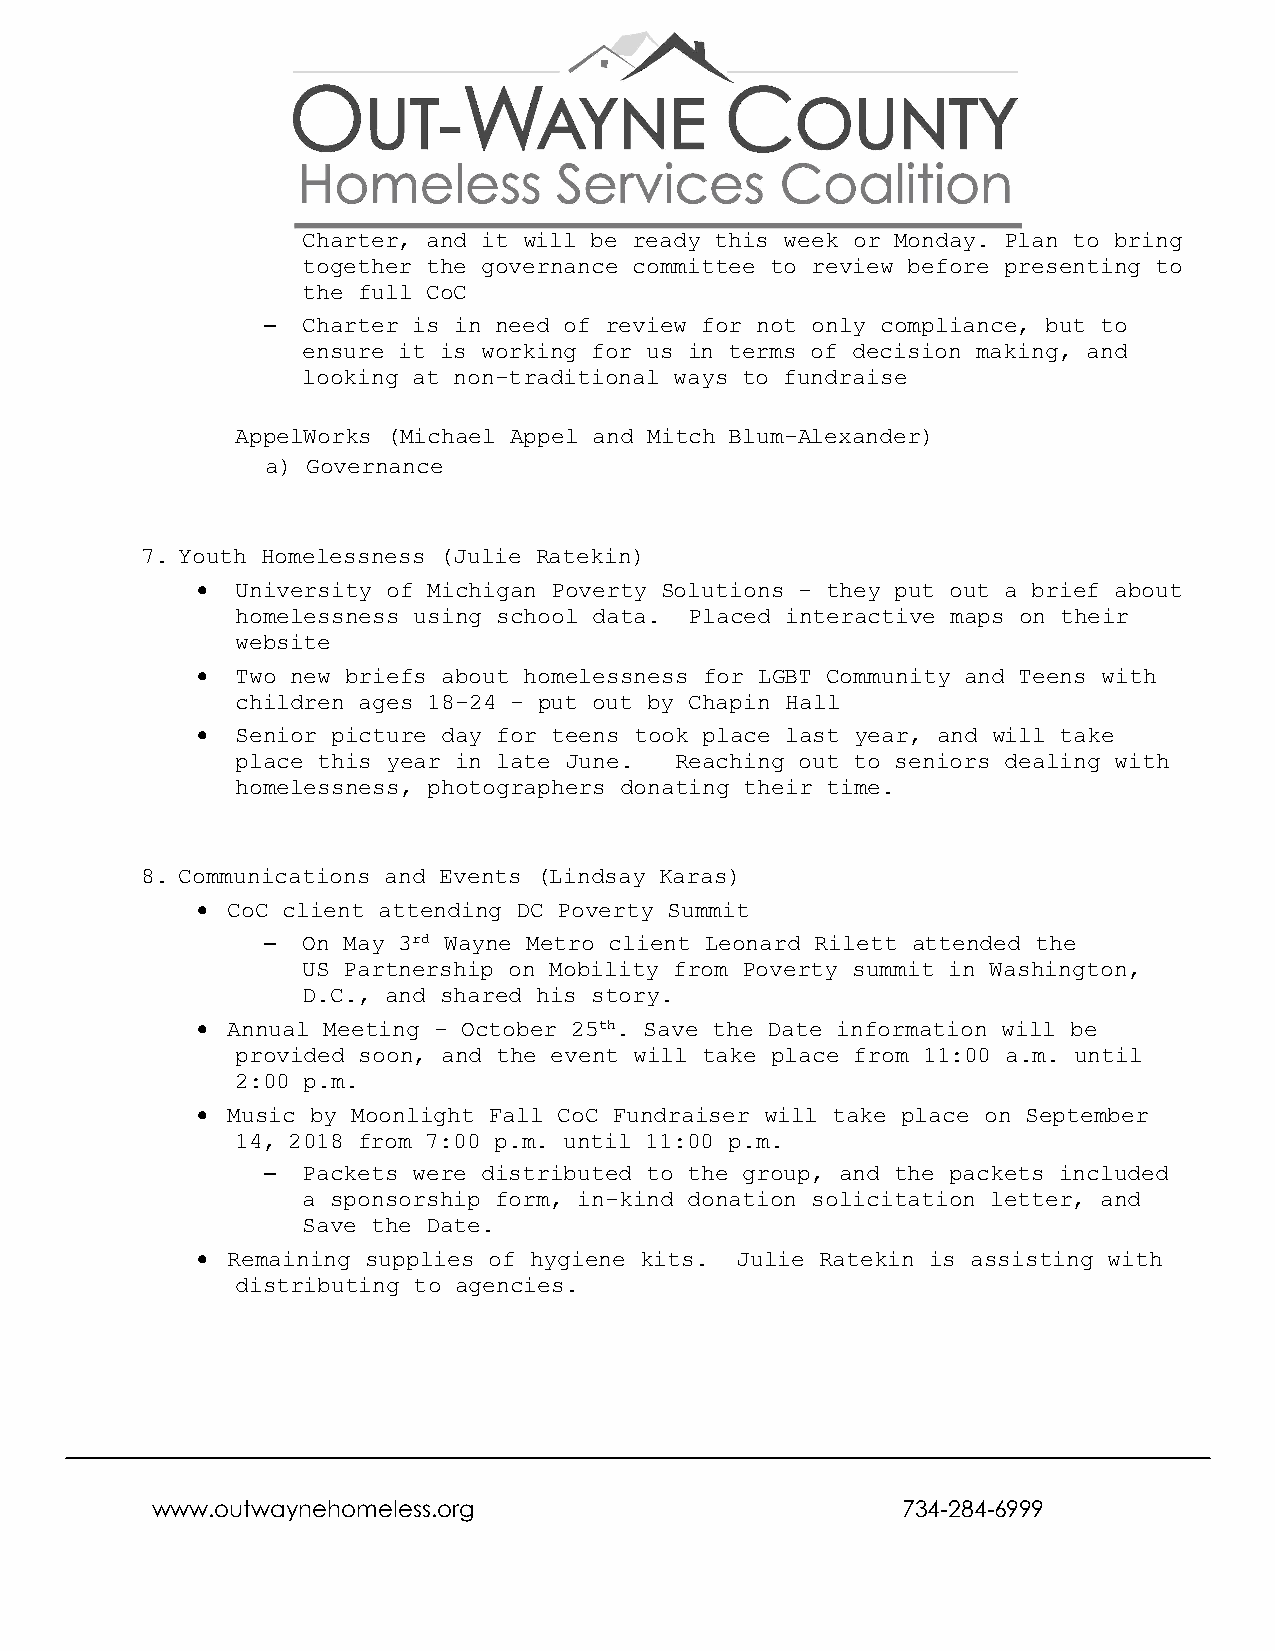
Charter, and it will be ready this week or Monday. Plan to bring
 together the governance committee to review before presenting to
 the full CoC
 – Charter is in need of review for not only compliance, but to
 ensure it is working for us in terms of decision making, and
 looking at non-traditional ways to fundraise
 AppelWorks (Michael Appel and Mitch Blum-Alexander)
 a) Governance
 7. Youth Homelessness (Julie Ratekin)
 •  University of Michigan Poverty Solutions - they put out a brief about
 homelessness using school data. Placed interactive maps on their
 website
 •  Two new briefs about homelessness for LGBT Community and Teens with
 children ages 18-24 - put out by Chapin Hall
 •  Senior picture day for teens took place last year, and will take
 place this year in late June. Reaching out to seniors dealing with
 homelessness, photographers donating their time.
 8. Communications and Events (Lindsay Karas)
 • CoC client attending DC Poverty Summit
 – On May 3rd Wayne Metro client Leonard Rilett attended the
 US Partnership on Mobility from Poverty summit in Washington,
 D.C., and shared his story.
 • Annual Meeting - October 25th. Save the Date information will be
 provided soon, and the event will take place from 11:00 a.m. until
 2:00 p.m.
 • Music by Moonlight Fall CoC Fundraiser will take place on September
 14, 2018 from 7:00 p.m. until 11:00 p.m.
 – Packets were distributed to the group, and the packets included
 a sponsorship form, in-kind donation solicitation letter, and
 Save the Date.
 • Remaining supplies of hygiene kits. Julie Ratekin is assisting with
 distributing to agencies.
 www.outwaynehomeless.org                          734-284-6999